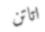
اتاتن